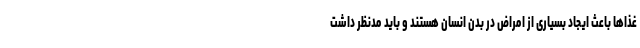
غذاها باعث ایجاد بسیاری از امراض در بدن انسان هستند و باید مدنظر داشت